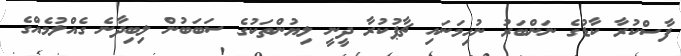
ފާސްކުރާ ކާޑުގެ ނަންބަރު ނުހިމަނައި ޗާޕުކުރާ ދީނީ ލިޔުންތަކުގެ ސަބަބުން ލިބިދާނެ ގެއްލުމެއްގެ